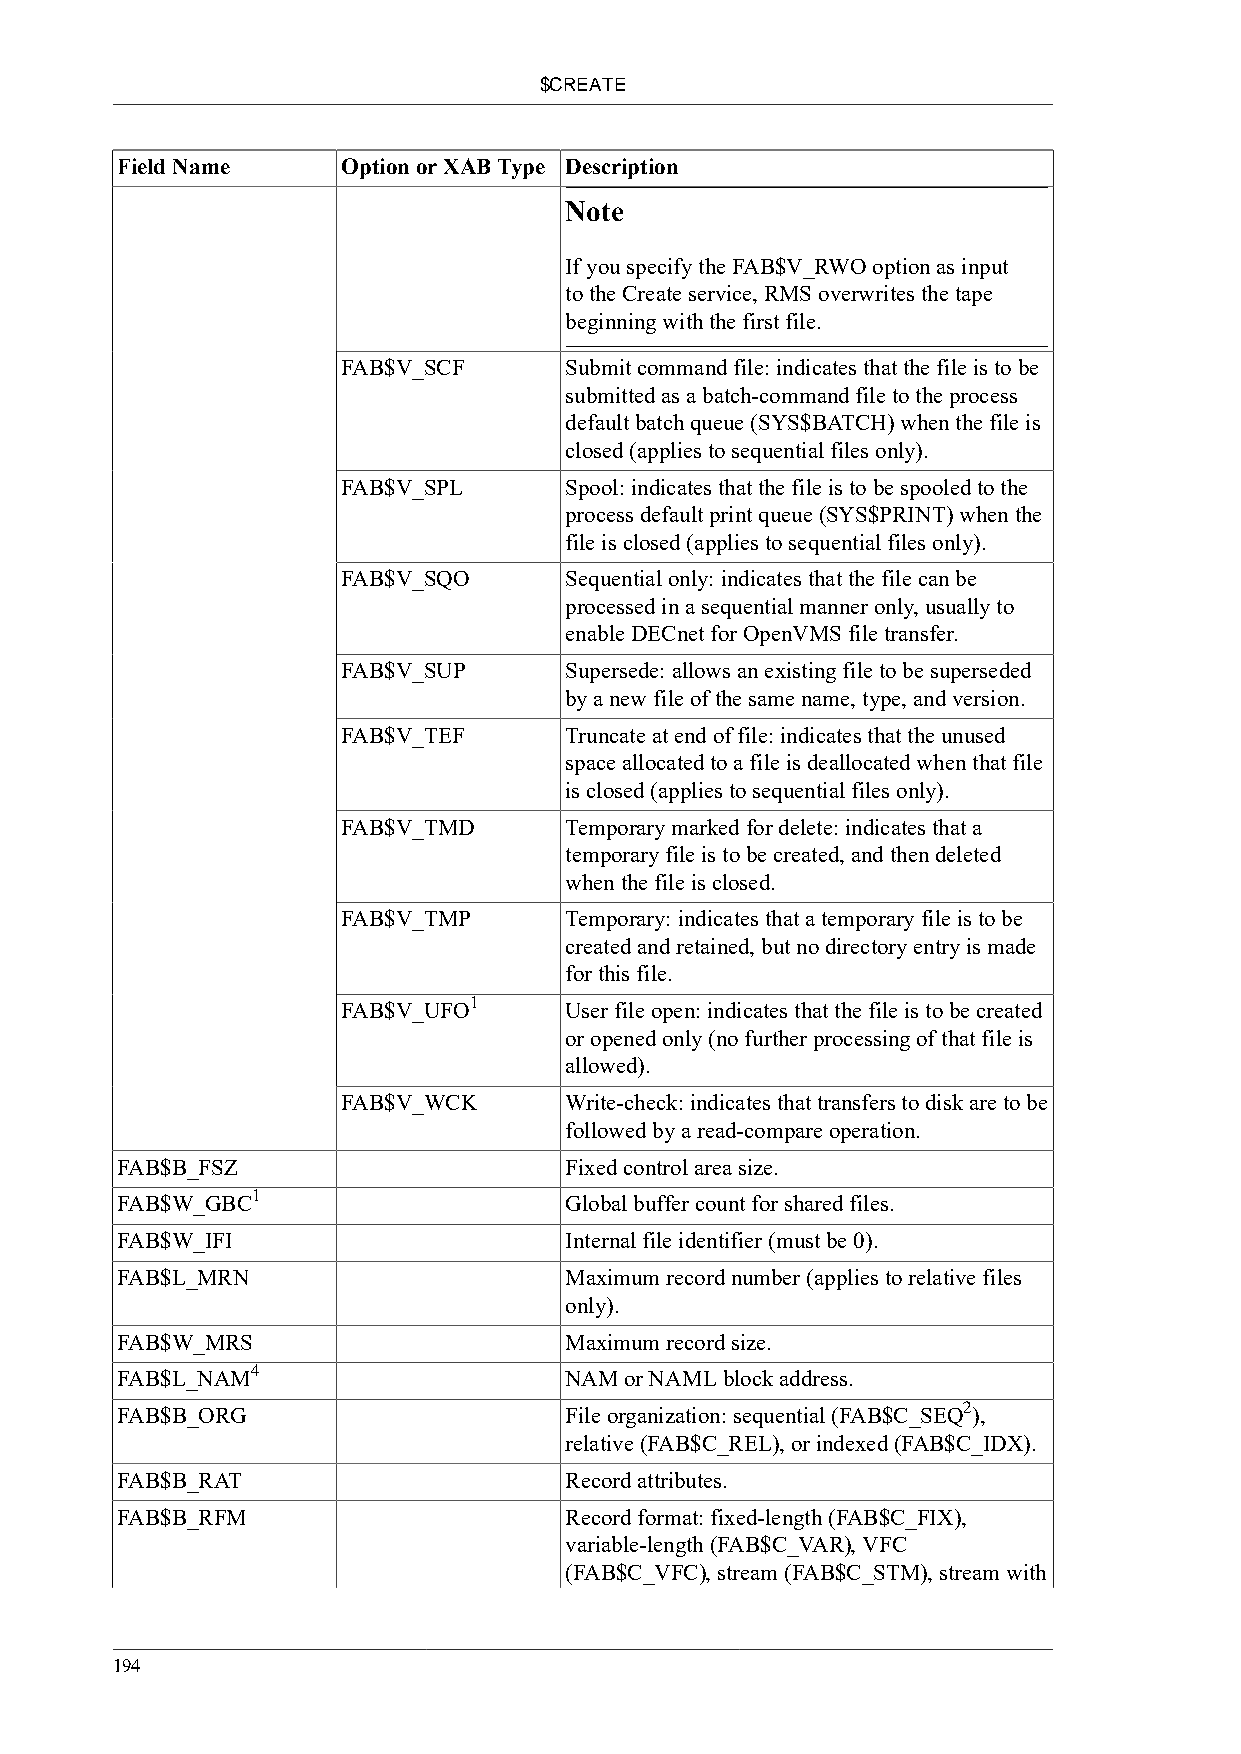
$CREATE
 Field Name     Option or XAB Type Description
 Note
 If you specify the FAB$V_RWO option as input
 to the Create service, RMS overwrites the tape
 beginning with the first file.
 FAB$V_SCF     Submit command file: indicates that the file is to be
 submitted as a batch-command file to the process
 default batch queue (SYS$BATCH) when the file is
 closed (applies to sequential files only).
 FAB$V_SPL     Spool: indicates that the file is to be spooled to the
 process default print queue (SYS$PRINT) when the
 file is closed (applies to sequential files only).
 FAB$V_SQO     Sequential only: indicates that the file can be
 processed in a sequential manner only, usually to
 enable DECnet for OpenVMS file transfer.
 FAB$V_SUP     Supersede: allows an existing file to be superseded
 by a new file of the same name, type, and version.
 FAB$V_TEF     Truncate at end of file: indicates that the unused
 space allocated to a file is deallocated when that file
 is closed (applies to sequential files only).
 FAB$V_TMD     Temporary marked for delete: indicates that a
 temporary file is to be created, and then deleted
 when the file is closed.
 FAB$V_TMP     Temporary: indicates that a temporary file is to be
 created and retained, but no directory entry is made
 for this file.
 1
 FAB$V_UFO     User file open: indicates that the file is to be created
 or opened only (no further processing of that file is
 allowed).
 FAB$V_WCK     Write-check: indicates that transfers to disk are to be
 followed by a read-compare operation.
 FAB$B_FSZ                    Fixed control area size.
 1
 FAB$W_GBC                    Global buffer count for shared files.
 FAB$W_IFI                    Internal file identifier (must be 0).
 FAB$L_MRN                    Maximum record number (applies to relative files
 only).
 FAB$W_MRS                    Maximum record size.
 4
 FAB$L_NAM                    NAM or NAML block address.
 2
 FAB$B_ORG                    File organization: sequential (FAB$C_SEQ ),
 relative (FAB$C_REL), or indexed (FAB$C_IDX).
 FAB$B_RAT                    Record attributes.
 FAB$B_RFM                    Record format: fixed-length (FAB$C_FIX),
 variable-length (FAB$C_VAR), VFC
 (FAB$C_VFC), stream (FAB$C_STM), stream with
 194